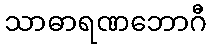
သာဓာရဏဘောဂီ